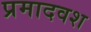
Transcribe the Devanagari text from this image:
प्रमादवश